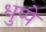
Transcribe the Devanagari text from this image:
धुप्पे